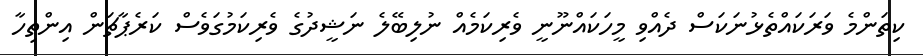
ކިތަންމެ ވަރަކައްތެޅުނަކަސް ދެއްވި މީހަކައްނޫނީ ވެރިކަމެއް ނުލިބޭލެ ނަޝީދުގެ ވެރިކަމުގަވެސް ކަރެޕާޗަން އިންތިހާ